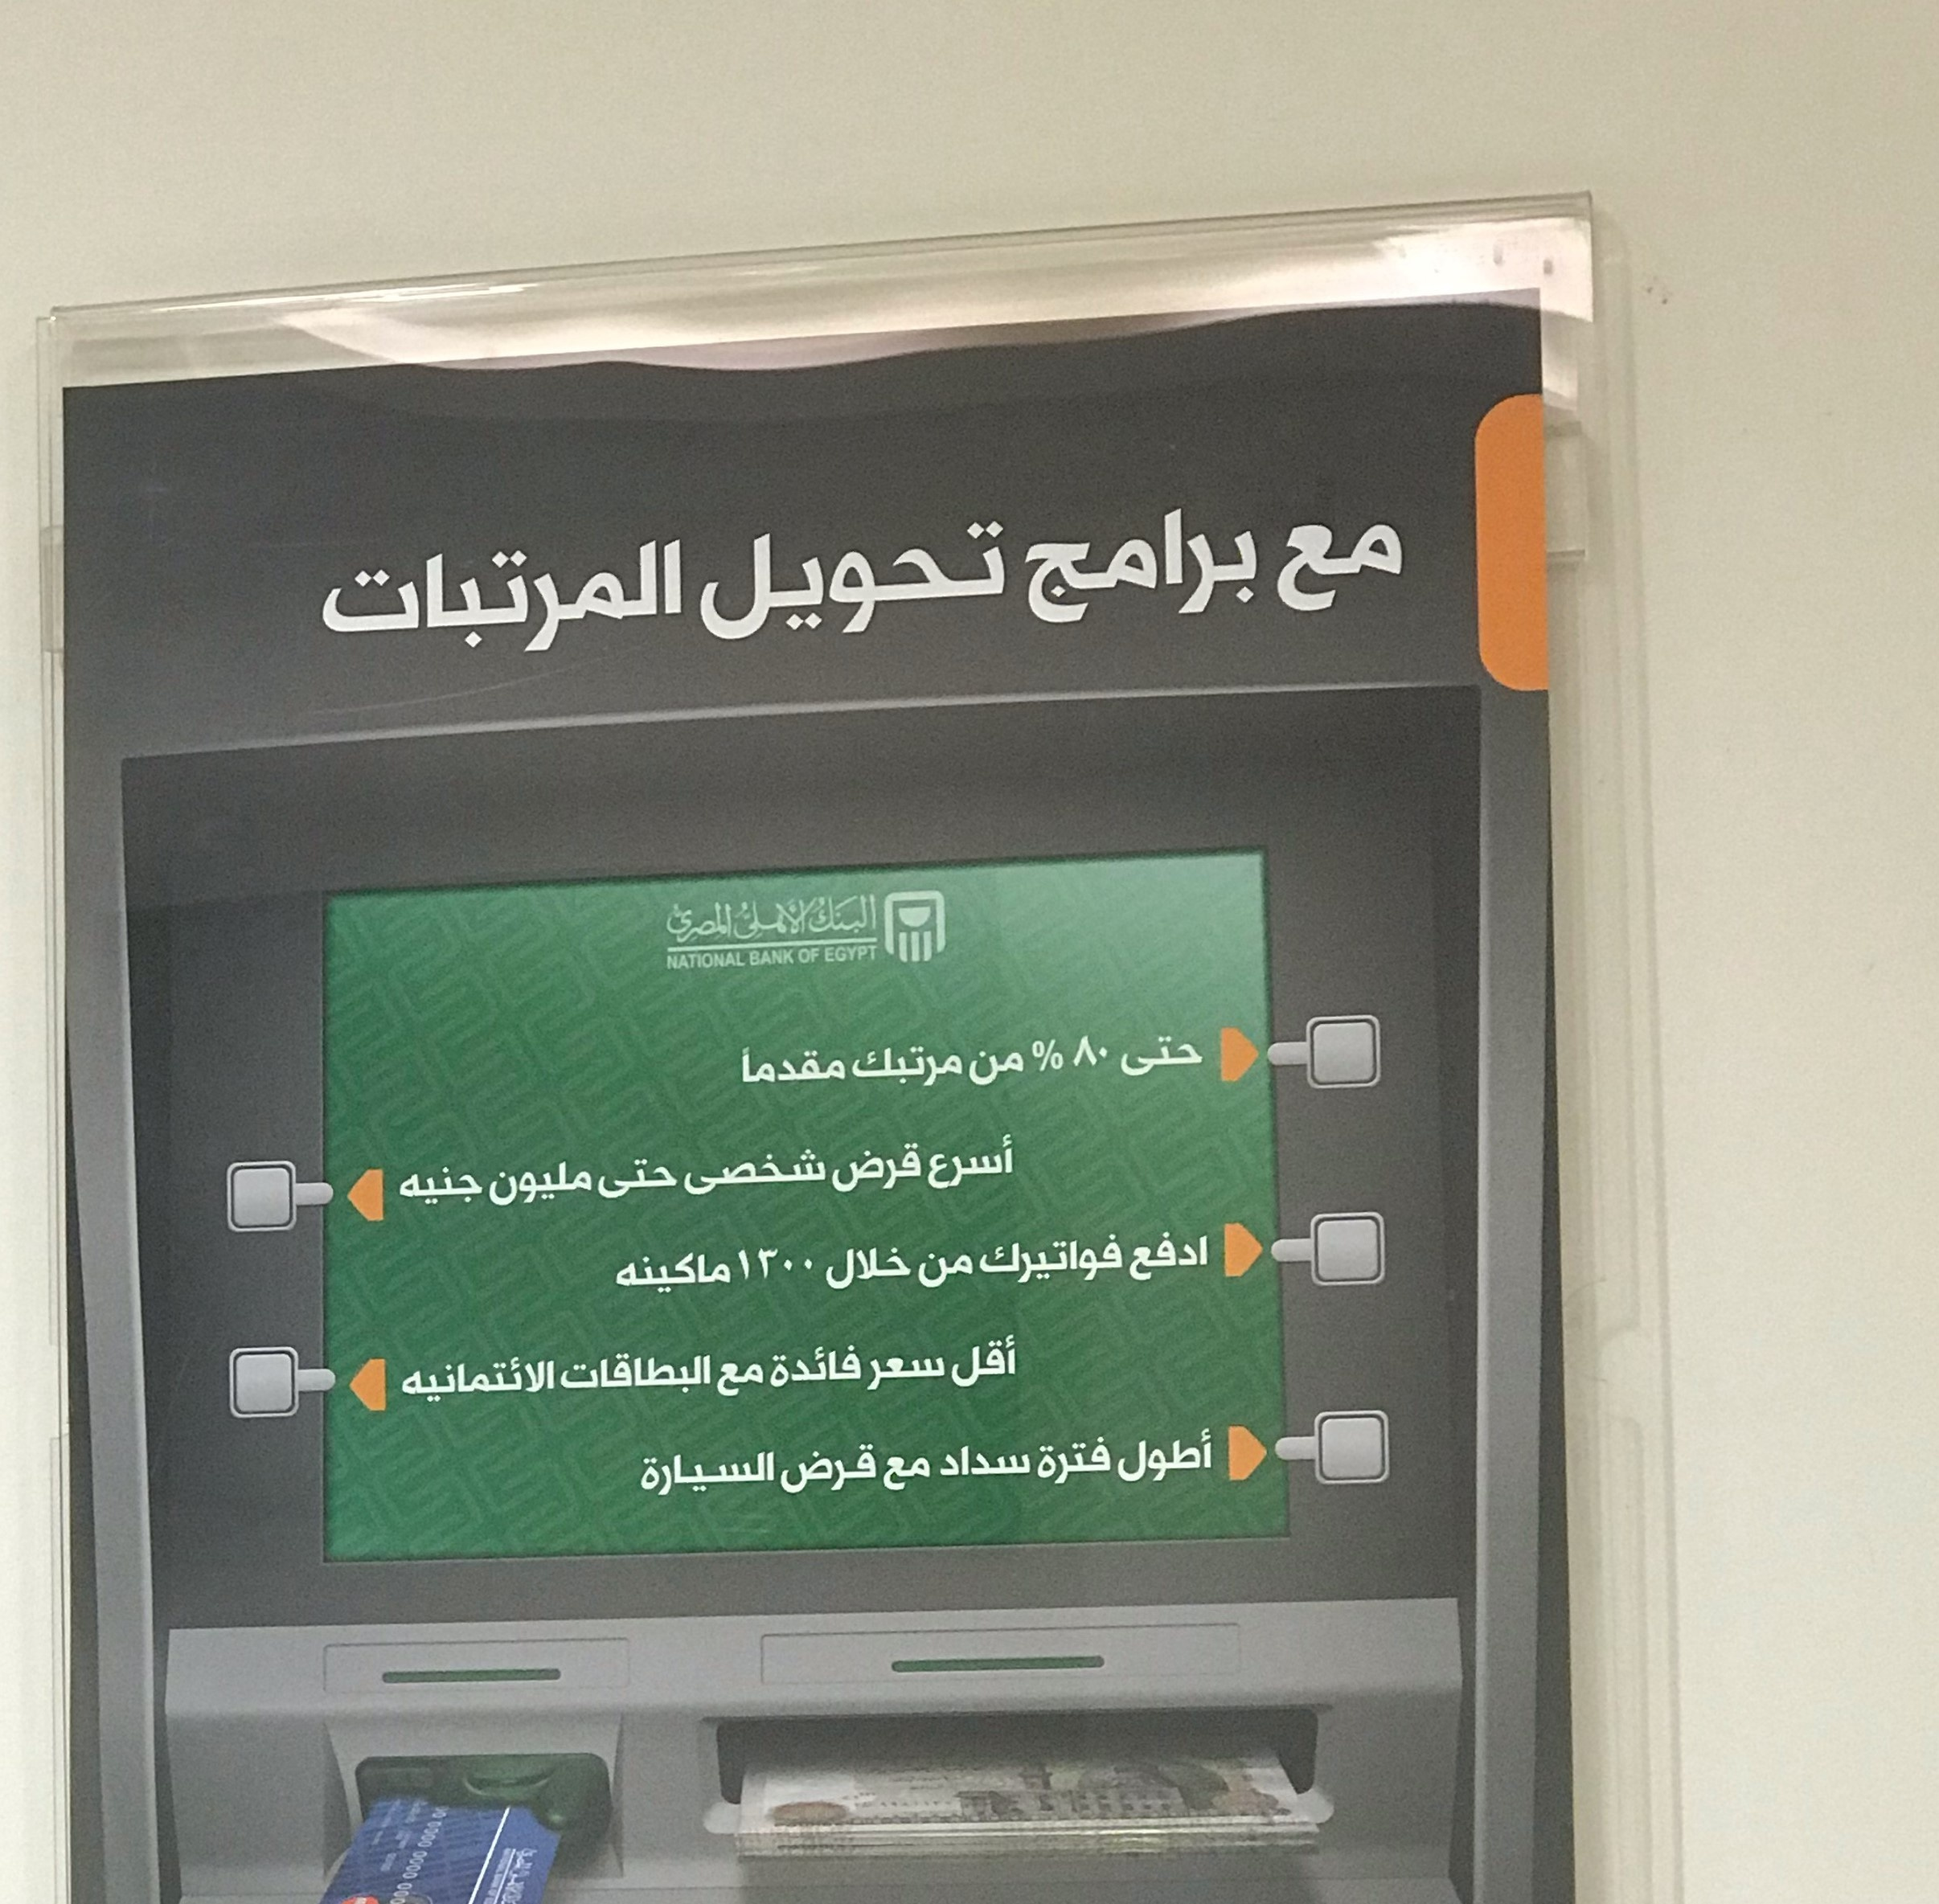
Text in image: مع برامج تحويل المرتبات البنك الأهلى المصرى 80 % حتى مقدما من مرتبك أسرع قرض شخصى حتى مليون جنيه ادفع فواتيرك 1300 خلال من ماكينه أقل فائدة سعر البطاقات مع الائتمانيه أطول سداد فترة قرض مع السيارة EGYPT OF BANK NATIONAL